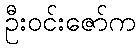
ဦးဝင်းဇော်က